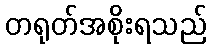
တရုတ်အစိုးရသည်